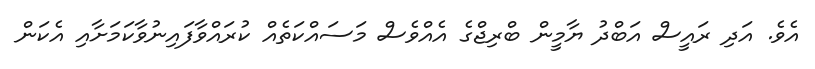
އެވެ. އަދި ރައީސް އަބްދު ޔާމީން ބްރިޖްގެ އެއްވެސް މަސައްކަތެއް ކުރައްވާފައިނުވާކަމަށާއި އެކަން